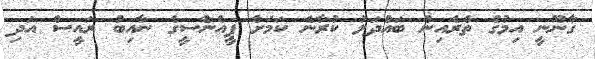
ގާނޫނީ އިމުގެ ތެރެއިން ބައްދަލު ކުރާނެ ކަމަށް ޕީއެންސީގެ ނާއިބު ރައީސް އަދި